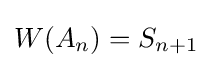
W(A_{n})=S_{n+1}